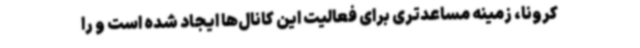
کرونا، زمینه مساعدتری برای فعالیت این کانال‌ها ایجاد شده است و را